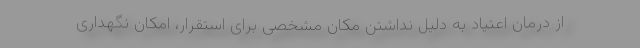
از درمان اعتیاد به دلیل نداشتن مکان مشخصی برای استقرار، امکان نگهداری